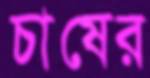
চাষের